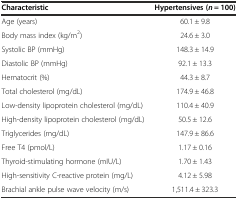
| Characteristic | Hypertensives (n = 100) |
 | --- | --- |
 | Age (years) | 60.1 ± 9.8 |
 | Body mass index (kg/m2) | 24.6 ± 3.0 |
 | Systolic BP (mmHg) | 148.3 ± 14.9 |
 | Diastolic BP (mmHg) | 92.1 ± 13.3 |
 | Hematocrit (%) | 44.3 ± 8.7 |
 | Total cholesterol (mg/dL) | 174.9 ± 46.8 |
 | Low-density lipoprotein cholesterol (mg/dL) | 110.4 ± 40.9 |
 | High-density lipoprotein cholesterol (mg/dL) | 50.5 ± 12.6 |
 | Triglycerides (mg/dL) | 147.9 ± 86.6 |
 | Free T4 (pmol/L) | 1.17 ± 0.16 |
 | Thyroid-stimulating hormone (mIU/L) | 1.70 ± 1.43 |
 | High-sensitivity C-reactive protein (mg/L) | 4.12 ± 5.98 |
 | Brachial ankle pulse wave velocity (m/s) | 1,511.4 ± 323.3 |